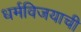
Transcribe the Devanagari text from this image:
धर्मविजयाची